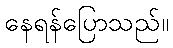
နေရန်ပြောသည်။